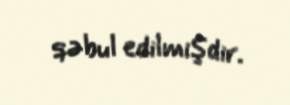
qəbul edilmişdir.